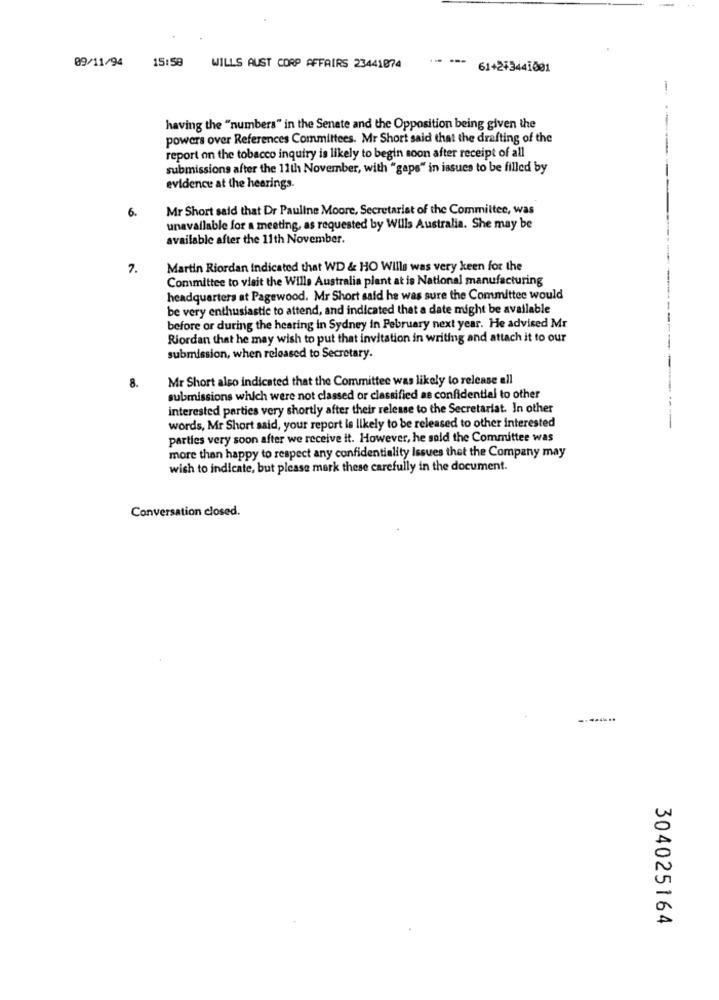
09/11/94
----
15:58
WILLS AUST CORP AFFAIRS 23441074
61+2+3441001
having the "numbers" in the Senate and the Opposition being given the
powers over References Committees. Mr Short said that the drafting of the
report on the tobacco inquiry is likely to begin soon after receipt of all
submissions after the 11th November, with "gaps" in issues to be filled by
------
evidence at the hearings.
6.
Mr Short said that Dr Pauline Moore, Secretariat of the Committee, was
unavailable for a meeting, as requested by Wills Australia. She may be
available after the 11th November.
7.
Martin Riordan indicated that WD & HO Wills was very keen for the
Committee to visit the Wille Australia plant at is National manufacturing
headquarters at Pagewood. Mr Short said he was sure the Committee would
be very enthusiastic to attend, and indicated that a date might be available
before or during the hearing in Sydney in February next year. He advised Mr
Riordan that he may wish to put that invitation in writing and attach it to our
submission, when released to Secretary.
Mr Short also indicated that the Committee was likely to release all
8.
submissions which were not classed or classified as confidential to other
interested parties very shortly after their release to the Secretariat. In other
-
words, Mr Short said, your report is likely to be released to other interested
parties very soon after we receive it. However, he sold the Committee was
more than happy to respect any confidentiality Issues that the Company may
wish to indicate, but please mark these carefully in the document.
Conversation closed.
304025164